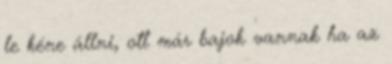
le kéne állni, ott már bajok vannak ha az